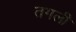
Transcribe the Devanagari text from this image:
तगली